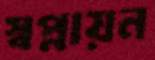
স্বপ্নায়ন